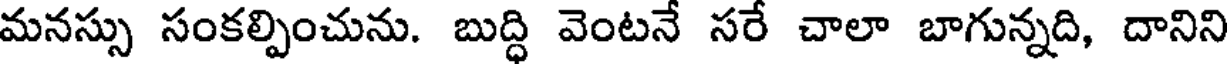
మనస్సు సంకల్పించును. బుద్ధి వెంటనే సరే చాలా బాగున్నది, దానిని